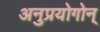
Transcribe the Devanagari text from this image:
अनुप्रयोगोन्